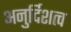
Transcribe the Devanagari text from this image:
अनुर्दिशत्व